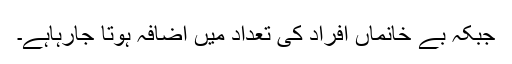
جبکہ بے خانماں افراد کی تعداد میں اضافہ ہوتا جارہاہے۔